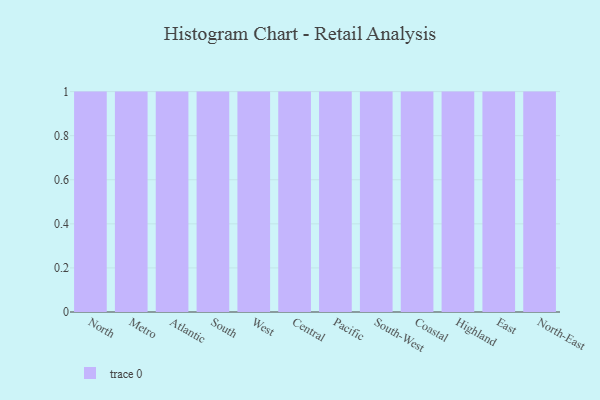
{"axis": {"x": "Region", "y": "Demand Index"}, "legend": [""], "data": [{"x": "North", "y": 15, "type": ""}, {"x": "Metro", "y": 84, "type": ""}, {"x": "Atlantic", "y": 33, "type": ""}, {"x": "South", "y": 97, "type": ""}, {"x": "West", "y": 95, "type": ""}, {"x": "Central", "y": 81, "type": ""}, {"x": "Pacific", "y": 74, "type": ""}, {"x": "South-West", "y": 61, "type": ""}, {"x": "Coastal", "y": 45, "type": ""}, {"x": "Highland", "y": 7, "type": ""}, {"x": "East", "y": 44, "type": ""}, {"x": "North-East", "y": 83, "type": ""}]}